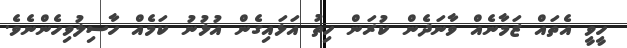
ހީވީ އެތައް ޒަމާނެއް ވާނަދެން ކުރަން ހިތު އަޅައިގެން އުޅުނު ކަމެއް ހާސިލުވިހެންނެވެ.